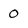
Character: 0